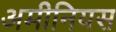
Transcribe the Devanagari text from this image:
अमीनियस